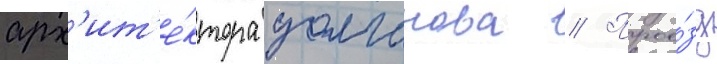
арх'ит'е́ктора долганова // Прое́зд